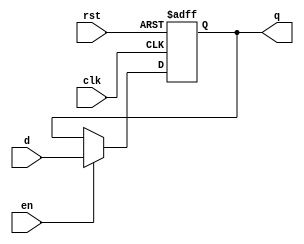
module stage_register (
    input wire clk,      // Clock input
    input wire rst,      // Asynchronous reset input
    input wire en,       // Enable input
    input wire [N-1:0] d, // Data input (N-bit wide)
    output reg [N-1:0] q  // Data output (N-bit wide)
);
    parameter N = 8; // Define width of the register, can be adjusted as needed

    // Asynchronous reset and edge-triggered behavior
    always @(posedge clk or posedge rst) begin
        if (rst) begin
            q <= {N{1'b0}}; // Reset output to zero
        end else if (en) begin
            q <= d; // Capture input data when enabled
        end
        // If `en` is low, do nothing, retain previous value
    end
endmodule